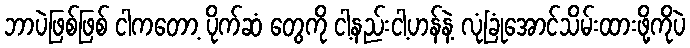
ဘာပဲဖြစ်ဖြစ် ငါကတော့ ပိုက်ဆံ တွေကို ငါ့နည်းငါ့ဟန်နဲ့ လုံခြုံအောင်သိမ်းထားဖို့ကိုပဲ